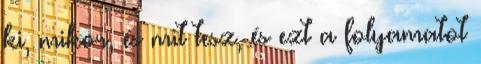
ki, mikor, és mit tesz, és ezt a folyamatot